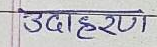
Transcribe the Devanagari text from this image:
उदाहरण